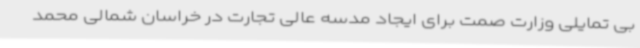
بی تمایلی وزارت صمت برای ایجاد مدسه عالی تجارت در خراسان شمالی محمد